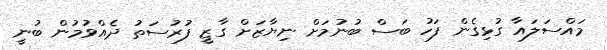
މައްސަލައާ ގުޅިގެން ފަހު ބަސް ބުނުމަށް ނިޔާޒަށް ގާޒީ ފުރުސަތު ދެއްވުމުން ބުނީ